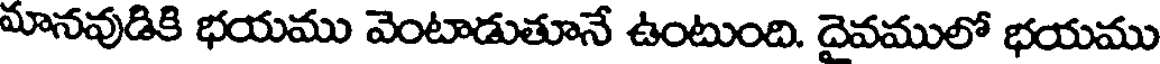
మానవుడికి భయము వెంటాడుతూనే ఉంటుంది. దైవములో భయము